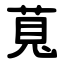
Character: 萈